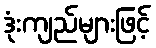
ဒုံးကျည်များဖြင့်